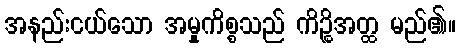
အနည်းငယ်သော အမှုကိစ္စသည် ကိဉ္စိအတ္ထ မည်၏။